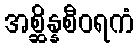
အစ္ဆိန္နစီဝရကံ